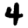
Digit: 4